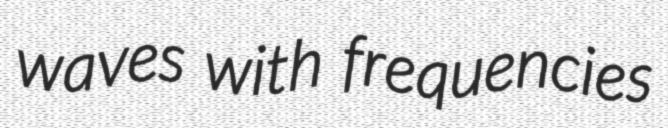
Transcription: waves with frequencies